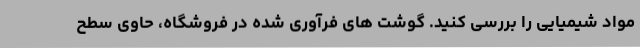
مواد شیمیایی را بررسی کنید. گوشت های فرآوری شده در فروشگاه، حاوی سطح